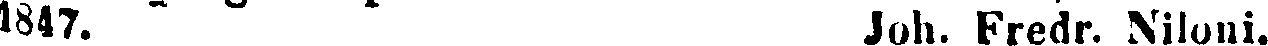
1847. Joh. Fredr. Niloni.